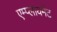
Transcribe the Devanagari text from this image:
एम्प्लायमेंट